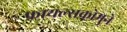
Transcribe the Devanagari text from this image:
फायल्सकोमुने